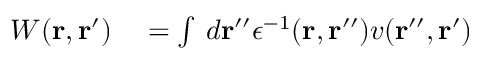
\begin{array} { r l } { W ( \mathbf { r } , \mathbf { r } ^ { \prime } ) } & { { } = \int \, d \mathbf { r } ^ { \prime \prime } \epsilon ^ { - 1 } ( \mathbf { r } , \mathbf { r } ^ { \prime \prime } ) v ( \mathbf { r } ^ { \prime \prime } , \mathbf { r } ^ { \prime } ) } \end{array}